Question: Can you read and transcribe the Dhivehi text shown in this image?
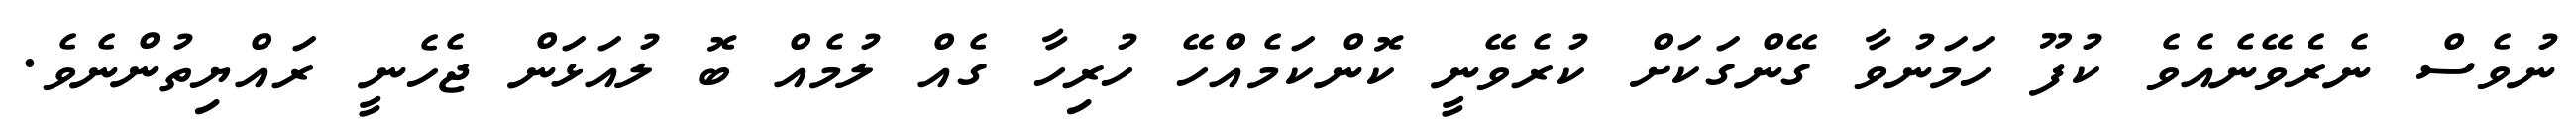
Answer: ނުވެސް ނެރެވޭނެއެވެ ކުފޫ ހަމަނުވާ ގޭންގަކަށް ކުރެވޭނީ ކޮންކަމެއްހޭ ހުރިހާ ގެއް ލުމެއް ބޮ ލުއަޅަން ޖެހެނީ ރައްޔިތުންނެވެ.